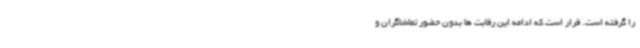
را گرفته است. قرار است که ادامه این رقابت ها بدون حضور تماشاگران و